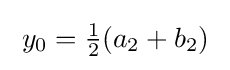
\;y_{0}={\tfrac {1}{2}}(a_{2}+b_{2})\;